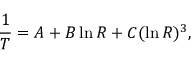
{ \frac { 1 } { T } } = A + B \ln R + C ( \ln R ) ^ { 3 } ,